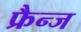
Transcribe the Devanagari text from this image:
फ्रैन्ज